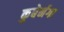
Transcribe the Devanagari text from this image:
कुबेर्नगा